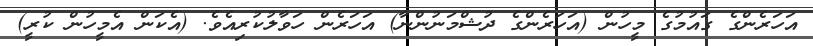
އަހަރެންގެ ގައުމުގެ މީހުން (އަހަރެންގެ ދުޝްމަނުންނާ) އަހަރެން ހަވާލުކުރިއެވެ. (އެކަން އެމީހުން ކުރީ)